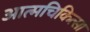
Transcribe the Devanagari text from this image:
आत्मचिकित्सा